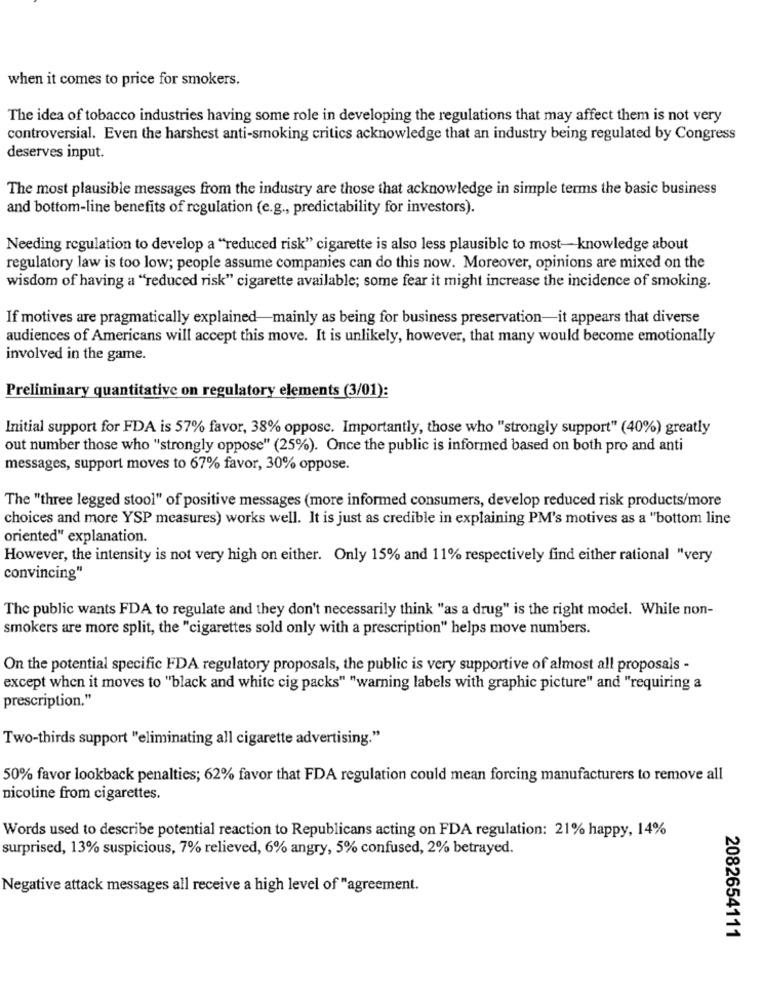
when it comes to price for smokers.
The idea of tobacco industries having some role in developing the regulations that may affect them is not very
controversial. Even the harshest anti-smoking critics acknowledge that an industry being regulated by Congress
deserves input.
The most plausible messages from the industry are those that acknowledge in simple terms the basic business
and bottom-line benefits of regulation (e.g ., predictability for investors).
Needing regulation to develop a "reduced risk" cigarette is also less plausible to most-knowledge about
regulatory law is too low; people assume companies can do this now. Moreover, opinions are mixed on the
wisdom of having a "reduced risk" cigarette available; some fear it might increase the incidence of smoking.
If motives are pragmatically explained-mainly as being for business preservation-it appears that diverse
audiences of Americans will accept this move. It is unlikely, however, that many would become emotionally
involved in the game.
Preliminary quantitative on regulatory elements (3/01):
Initial support for FDA is 57% favor, 38% oppose. Importantly, those who "strongly support" (40%) greatly
out number those who "strongly oppose" (25%). Once the public is informed based on both pro and anti
messages, support moves to 67% favor, 30% oppose.
The "three legged stool" of positive messages (more informed consumers, develop reduced risk products/more
choices and more YSP measures) works well. It is just as credible in explaining PM's motives as a "bottom line
oriented" explanation.
However, the intensity is not very high on either. Only 15% and 11% respectively find either rational "very
convincing"
The public wants FDA to regulate and they don't necessarily think "as a drug" is the right model. While non-
smokers are more split, the "cigarettes sold only with a prescription" helps move numbers.
On the potential specific FDA regulatory proposals, the public is very supportive of almost all proposals -
except when it moves to "black and white cig packs" "warning labels with graphic picture" and "requiring a
prescription."
Two-thirds support "eliminating all cigarette advertising."
50% favor lookback penalties; 62% favor that FDA regulation could mean forcing manufacturers to remove all
nicotine from cigarettes.
Words used to describe potential reaction to Republicans acting on FDA regulation: 21% happy, 14%
surprised, 13% suspicious, 7% relieved, 6% angry, 5% confused, 2% betrayed.
Negative attack messages all receive a high level of "agreement.
2082654111